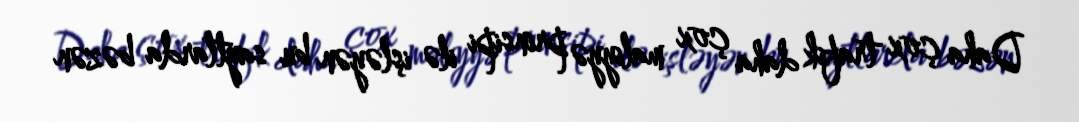
Daha çox trafik daha çox maliyyə prinsipi ilə işləyən bu saytlarda bəzən